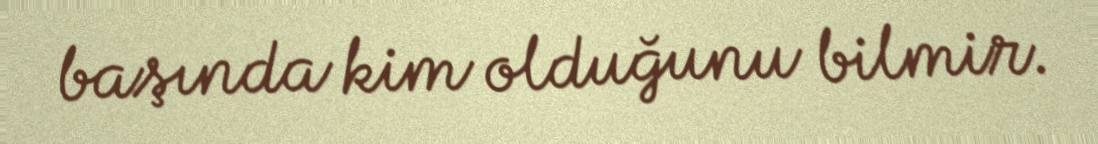
başında kim olduğunu bilmir.